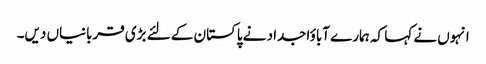
انہوں نے کہا کہ ہمارے آباؤاجداد نے پاکستان کے لئے بڑی قربانیاں دیں۔